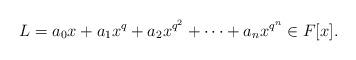
LaTeX: \begin{align*}L=a_0x+a_1x^q+a_2x^{q^2}+\cdots+a_n x^{q^n} \in F[x].\end{align*}